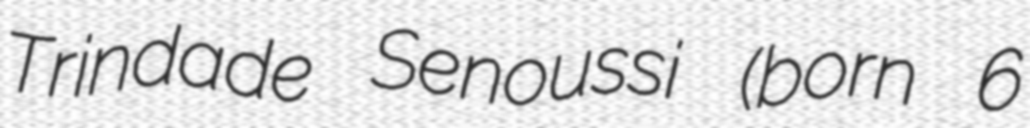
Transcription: Trindade Senoussi (born 6